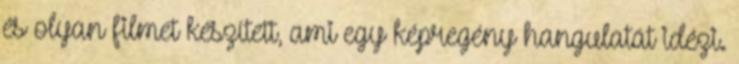
és olyan filmet készített, ami egy képregény hangulatát idézi.